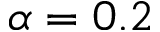
\alpha = 0 . 2